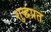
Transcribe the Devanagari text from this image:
शुद्धप्रत